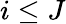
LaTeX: i\le J